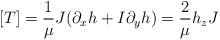
\begin{align*}[T]=\frac{1}{\mu} J(\partial_x h+I\partial_y h)=\frac{2}{\mu} h_z J\end{align*}